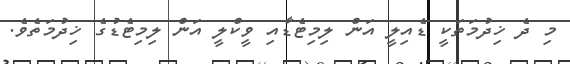
މި ދެ ޚިދުމަތަކީ ޑެއިލީ އަން ލިމިޓެޑާއި ވީކްލީ އަން ލިމިޓެޑުގެ ޚިދުމަތެވެ.